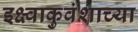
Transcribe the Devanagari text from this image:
इक्ष्वाकुवंशाच्या